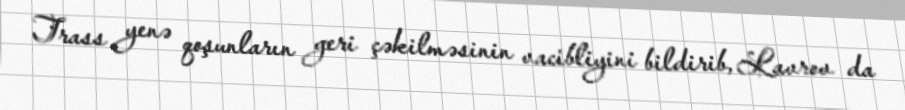
Trass yenə qoşunların geri çəkilməsinin vacibliyini bildirib, Lavrov da